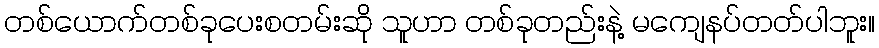
တစ်ယောက်တစ်ခုပေးစတမ်းဆို သူဟာ တစ်ခုတည်းနဲ့ မကျေနပ်တတ်ပါဘူး။